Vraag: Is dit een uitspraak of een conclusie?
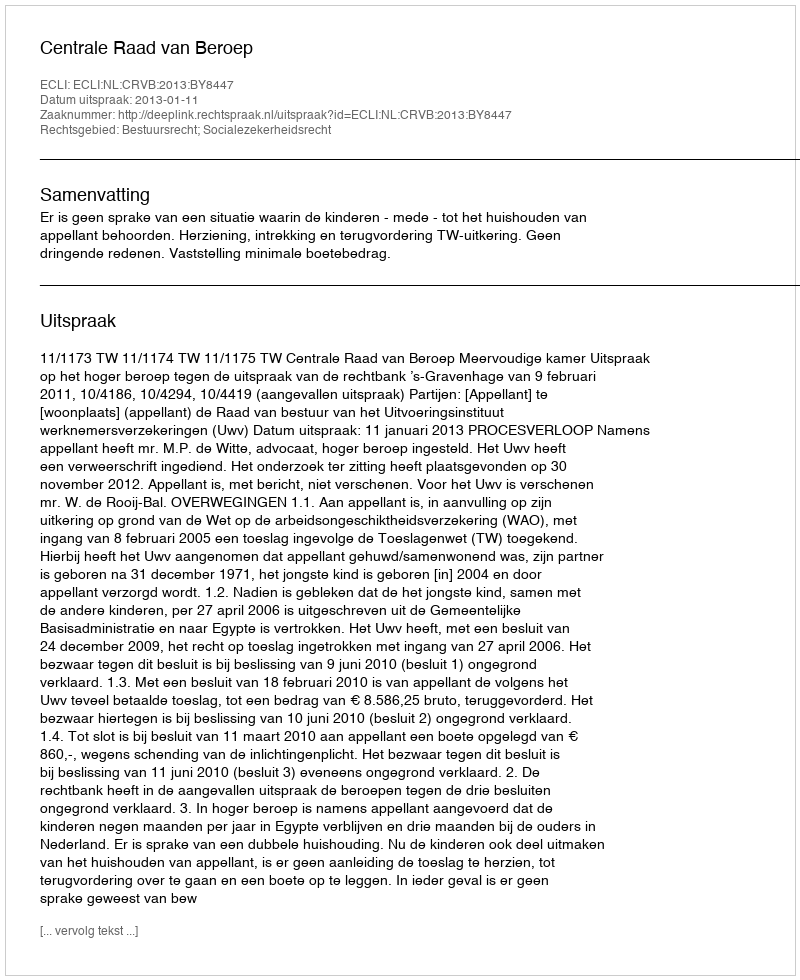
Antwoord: Uitspraak